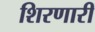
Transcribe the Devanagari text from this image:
शिरणारी